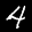
Label: 4